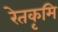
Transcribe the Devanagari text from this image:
रेतकृमि